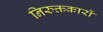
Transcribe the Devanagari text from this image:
निरुक्तकारों